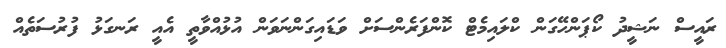
ރައީސް ނަޝީދު ކޯޕަންހޭގަން ކްލައިމެޓް ކޮންފަރެންސަށް ވަޑައިގަންނަވަން އުޅުއްވާތީ އެއީ ރަނގަޅު ފުރުސަތެއް